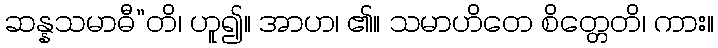
ဆန္နသမာဓီ”တိ၊ ဟူ၍။ အာဟ၊ ၏။ သမာဟိတေ စိတ္တေတိ၊ ကား။